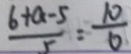
\frac { 6 + a - 5 } { 5 } = \frac { 1 0 } { 6 }